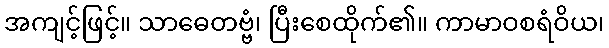
အကျင့်ဖြင့်။ သာဓေတဗ္ဗံ၊ ပြီးစေထိုက်၏။ ကာမာဝစရံဝိယ၊